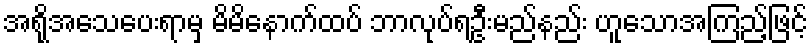
အရိုအသေပေးရာမှ မိမိနောက်ထပ် ဘာလုပ်ရဦးမည်နည်း ဟူသောအကြည့်ဖြင့်